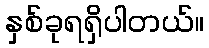
နှစ်ခုရရှိပါတယ်။